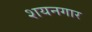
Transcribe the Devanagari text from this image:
शयनगार